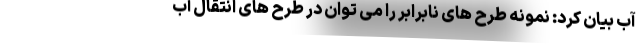
آب بیان کرد: نمونه طرح های نابرابر را می توان در طرح های انتقال آب